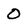
Character: 0